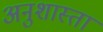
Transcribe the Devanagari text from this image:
अनुशास्ता